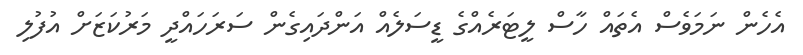
އެެހެން ނަމަވެސް އެތައް ހާސް ލީޓަރެއްގެ ޑީސަލެއް އަންދައިގެން ސަރަހައްދީ މަރުކަޒަށް އުފުލި